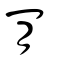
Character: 肎